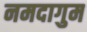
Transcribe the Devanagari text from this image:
नमदागुम